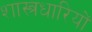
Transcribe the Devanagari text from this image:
शास्त्रधारियों